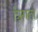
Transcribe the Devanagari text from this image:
त्रिगता